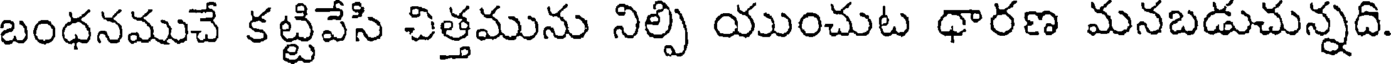
బంధనముచే కట్టివేసి చిత్తమును నిల్పి యుంచుట ధారణ మనబడుచున్నది